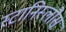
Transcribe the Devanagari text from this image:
स्टानिस्लौस